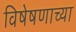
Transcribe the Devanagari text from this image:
विषेषणाच्या